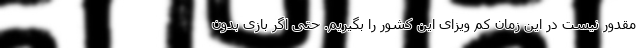
مقدور نیست در این زمان کم ویزای این کشور را بگیریم. حتی اگر بازی بدون